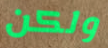
ولكن